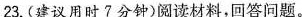
23.(建议用时7分钟)阅读材料，回答问题。